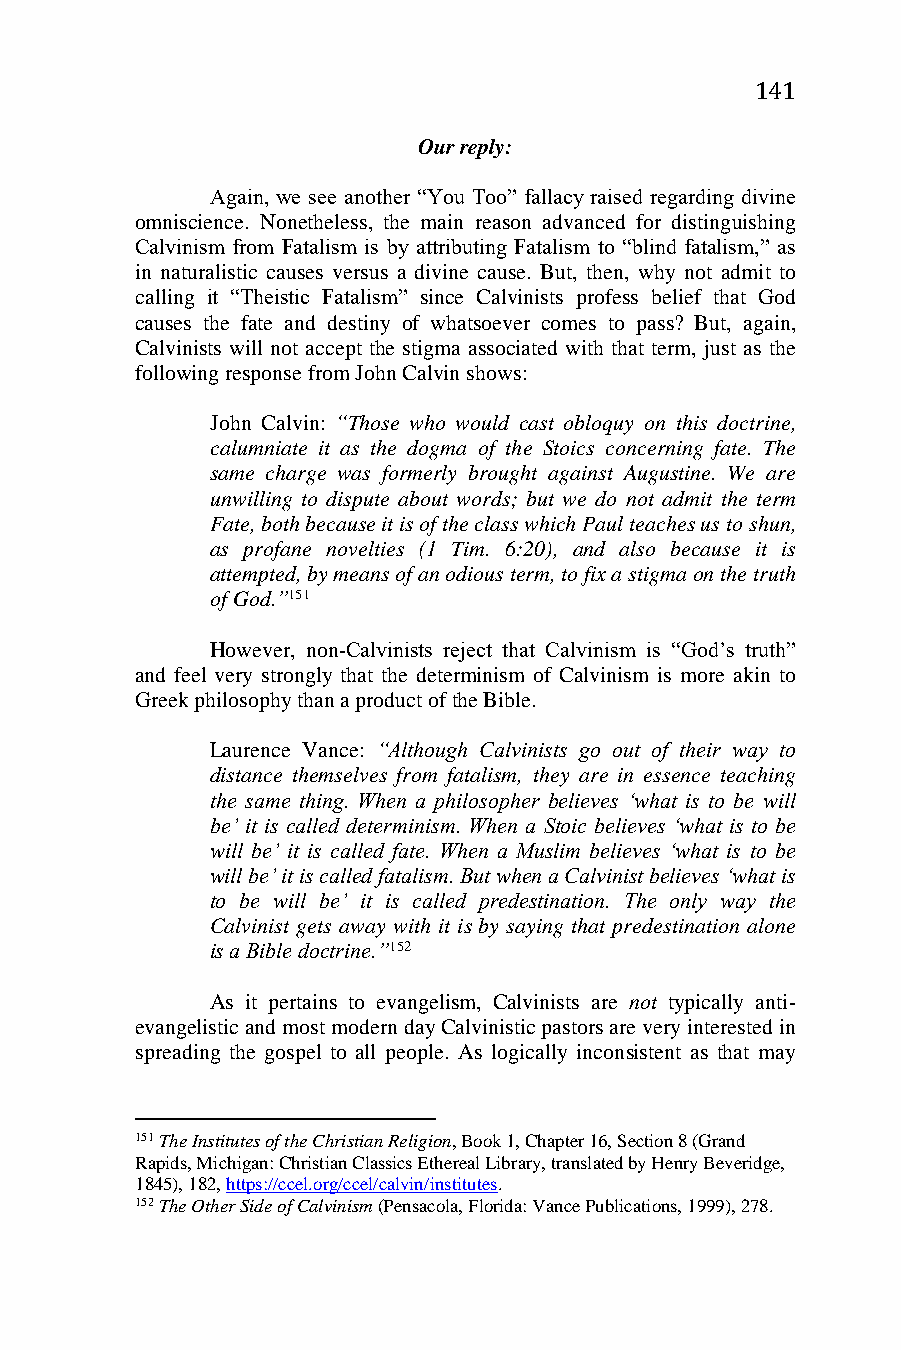
141
 Our reply:
 Again, we see another “You Too” fallacy raised regarding divine
 omniscience. Nonetheless, the main reason advanced for distinguishing
 Calvinism from Fatalism is by attributing Fatalism to “blind fatalism,” as
 in naturalistic causes versus a divine cause. But, then, why not admit to
 calling it “Theistic Fatalism” since Calvinists profess belief that God
 causes the fate and destiny of whatsoever comes to pass? But, again,
 Calvinists will not accept the stigma associated with that term, just as the
 following response from John Calvin shows:
 John Calvin: “Those who would cast obloquy on this doctrine,
 calumniate it as the dogma of the Stoics concerning fate. The
 same charge was formerly brought against Augustine. We are
 unwilling to dispute about words; but we do not admit the term
 Fate, both because it is of the class which Paul teaches us to shun,
 as profane novelties (1 Tim. 6:20), and also because it is
 attempted, by means of an odious term, to fix a stigma on the truth
 of God.”151
 However, non-Calvinists reject that Calvinism is “God’s truth”
 and feel very strongly that the determinism of Calvinism is more akin to
 Greek philosophy than a product of the Bible.
 Laurence Vance: “Although Calvinists go out of their way to
 distance themselves from fatalism, they are in essence teaching
 the same thing. When a philosopher believes ‘what is to be will
 be’ it is called determinism. When a Stoic believes ‘what is to be
 will be’ it is called fate. When a Muslim believes ‘what is to be
 will be’ it is called fatalism. But when a Calvinist believes ‘what is
 to be will be’ it is called predestination. The only way the
 Calvinist gets away with it is by saying that predestination alone
 is a Bible doctrine.”152
 As it pertains to evangelism, Calvinists are not typically anti-
 evangelistic and most modern day Calvinistic pastors are very interested in
 spreading the gospel to all people. As logically inconsistent as that may
 151 The Institutes of the Christian Religion, Book 1, Chapter 16, Section 8 (Grand
 Rapids, Michigan: Christian Classics Ethereal Library, translated by Henry Beveridge,
 1845), 182, https://ccel.org/ccel/calvin/institutes.
 152 The Other Side of Calvinism (Pensacola, Florida: Vance Publications, 1999), 278.